Indian journal of veterinary science and animal husbandry - Volume 8,
Year: 1938
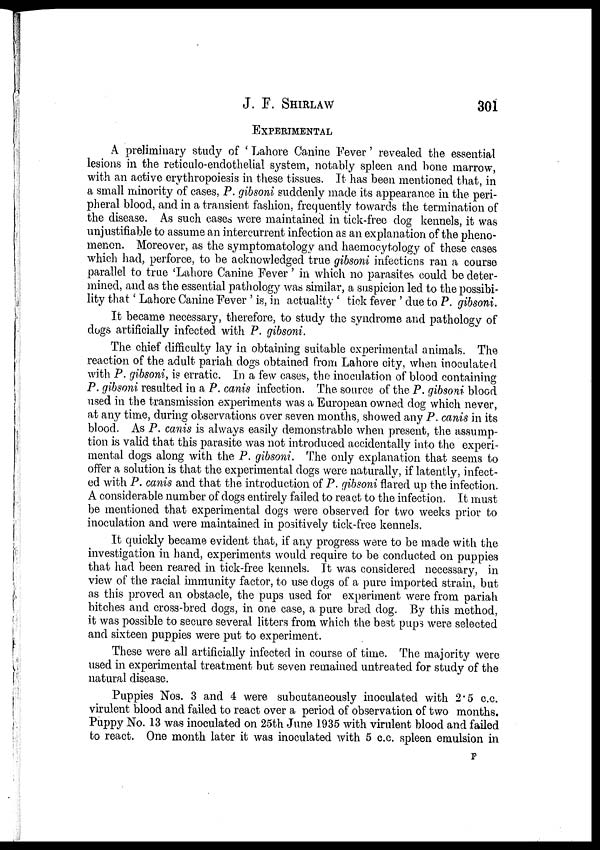
J. F.
SHIRLAW
301
EXPERIMENTAL
A preliminary study of ' Lahore Canine Fever' revealed the essential
lesions in the reticulo-endothelial system, notably spleen and bone marrow,
with an active erythropoiesis in these tissues. It has been mentioned that, in
a small minority of cases, P. gibsoni suddenly made its appearance in the peri-
pheral blood, and in a transient fashion, frequently towards the termination of
the disease. As such cases were maintained in tick-free dog kennels, it was
unjustifiable to assume an intercurrent infection as an explanation of the pheno-
menon. Moreover, as the symptomatology and haemocytology of these cases
which had, perforce, to be acknowledged true gibsoni infections ran a course
parallel to true 'Lahore Canine Fever' in which no parasites could be deter-
mined, and as the essential pathology was similar, a suspicion led to the possibi-
lity that' Lahore Canine Fever ' is, in actuality ' tick fever ' due to P. gibsoni.
It became necessary, therefore, to study the syndrome and pathology of
dogs artificially infected with P. gibsoni.
The chief difficulty lay in obtaining suitable experimental animals. The
reaction of the adult pariah dogs obtained from Lahore city, when inoculated
with P. gibsoni, is erratic. In a few cases, the inoculation of blood containing
P. gibsoni resulted in a P. canis infection. The source of the P. gibsoni blood
used in the transmission experiments was a European owned dog which never,
at any time, during observations over seven months, showed any P. canis in its
blood. As P. canis is always easily demonstrable when present, the assump-
tion is valid that this parasite was not introduced accidentally into the experi-
mental dogs along with the P. gibsoni. The only explanation that seems to
offer a solution is that the experimental dogs were naturally, if latently, infect-
ed with P. canis and that the introduction of P. gibsoni flared up the infection.
A considerable number of dogs entirely failed to react to the infection. It must-
be mentioned that experimental dogs were observed for two weeks prior to
inoculation and were maintained in positively tick-free kennels.
It quickly became evident that, if any progress were to be made with the
investigation in hand, experiments would require to be conducted on puppies
that had been reared in tick-free kennels. It was considered necessary, in
view of the racial immunity factor, to use dogs of a pure imported strain, but
as this proved an obstacle, the pups used for experiment were from pariah
bitches and cross-bred dogs, in one case, a pure bred dog. By this method,
it was possible to secure several litters from which the best pups were selected
and sixteen puppies were put to experiment.
These were all artificially infected in course of time. The majority were
used in experimental treatment but seven remained untreated for study of the
natural disease.
Puppies Nos. 3 and 4 were subcutaneously inoculated with 2.5 c.c.
virulent blood and failed to react over a period of observation of two months.
Puppy No. 13 was inoculated on 25th June 1935 with virulent blood and failed
to react. One month later it was inoculated with 5 c.c. spleen emulsion in
F